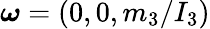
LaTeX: \boldsymbol{\omega}=(0,0,m_{3}/I_{3})